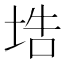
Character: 𡌃